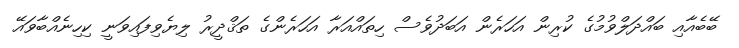
ބޭބެއާއި ބައްދަލްވުމުގެ ކުރިން އަހަރެން އަބަދުވެސް ހިތައްއަރާ އަހަރެންގެ ތަޤްދީރު ލިޔެވިފައިވަނީ ކިހިނެއްބާވައޭ